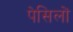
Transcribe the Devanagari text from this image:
पेसिलों